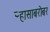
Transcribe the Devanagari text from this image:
ऱ्हासाबरोबर